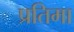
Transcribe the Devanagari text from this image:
प्रतिमा